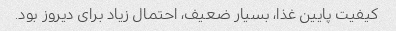
کیفیت پایین غذا، بسیار ضعیف، احتمال زیاد برای دیروز بود.